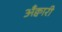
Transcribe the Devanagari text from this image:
अँक्वारी